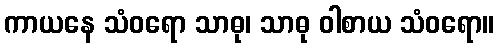
ကာယနေ သံဝရော သာဓု၊ သာဓု ဝါစာယ သံဝရော။